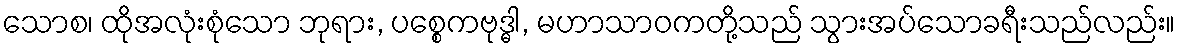
သောစ၊ ထိုအလုံးစုံသော ဘုရား, ပစ္စေကဗုဒ္ဓါ, မဟာသာဝကတို့သည် သွားအပ်သောခရီးသည်လည်း။